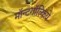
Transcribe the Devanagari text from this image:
मॉन्टगॉल्फ़िये